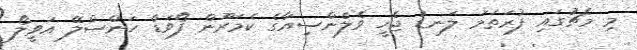
މި މެޗުގައި ފުރަތަމަ ލަނޑު ޖެހީ ވެލެންސިއާގެ ކެމަރޫން ފޯވަޑް ހަންސްލޭ އަވީލޯ